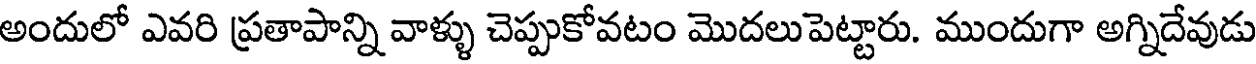
అందులో ఎవరి ప్రతాపాన్ని వాళ్ళు చెప్పుకోవటం మొదలుపెట్టారు. ముందుగా అగ్నిదేవుడు